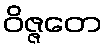
ဝိဇ္ဇတေ